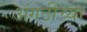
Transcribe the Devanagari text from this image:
अंगठीच्या